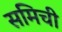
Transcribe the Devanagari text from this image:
समिची